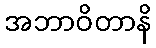
အဘာဝိတာနိ